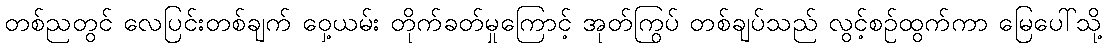
တစ်ညတွင် လေပြင်းတစ်ချက် ဝှေ့ယမ်း တိုက်ခတ်မှုကြောင့် အုတ်ကြွပ် တစ်ချပ်သည် လွင့်စဉ်ထွက်ကာ မြေပေါ်သို့